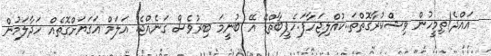
އައްދެ!ތިމީހުން ވިޝްކުރާގޮތްތަ..ކުއްލިޖަހާފަ.ހެޕީބާތްޑޭ އޭ ބުނީމަ ބިރުވެސް ގަނެއްޖެ. އަލަމް އަގަޔަށްގޮތެއް ހަދާލަމުން